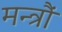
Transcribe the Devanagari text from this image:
मन्त्रौं